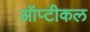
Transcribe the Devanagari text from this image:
ऑप्टीकल